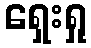
ရှေးရှု